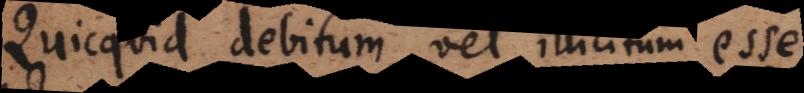
se debitum vel illicitum est.